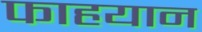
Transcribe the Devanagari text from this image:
फाहयान